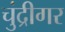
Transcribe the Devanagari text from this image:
चुंद्रीगर